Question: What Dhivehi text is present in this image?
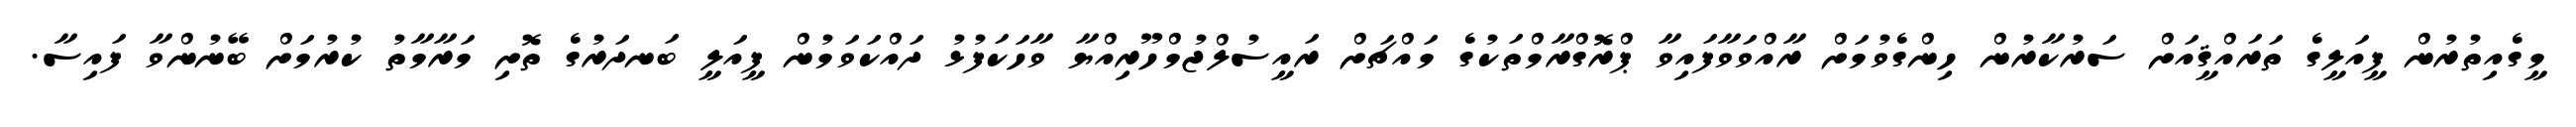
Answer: މީގެއިތުރުން ފީއަލީގެ ތަރައްޤީއަށް ސަރުކާރުން ހިންގެވުމަށް ރާއްވަވާފައިވާ ޕްރޮގްރާމްތަކުގެ މައްޗަށް ރައީސުލްޖުމްހޫރިއްޔާ ވާހަކަފުޅު ދައްކަވަމުން ފީއަލީ ބަނދަރުގެ ތޮށި މަރާމާތު ކުރުމަށް ބޭނުންވާ ފައިސާ.